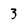
Character: 3